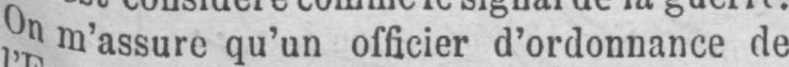
On m’assure qu’un officier d’ordonnance de